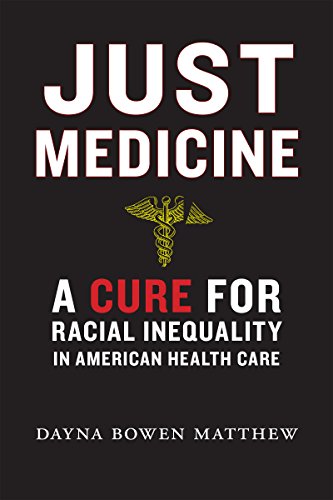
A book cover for Just Medicine: A Cure for Racial Inequality in American Health Care; Dayna Bowen Matthew; Law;